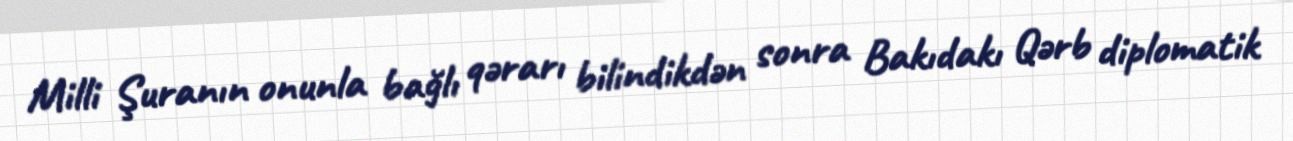
Milli Şuranın onunla bağlı qərarı bilindikdən sonra Bakıdakı Qərb diplomatik